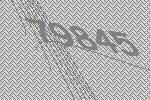
79845